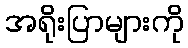
အရိုးပြာများကို